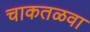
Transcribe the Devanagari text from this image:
चाकतळवा